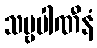
သဗ္ဗပါဏီနံ